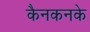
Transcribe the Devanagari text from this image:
कैनकनके